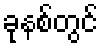
ခုနစ်တွင်